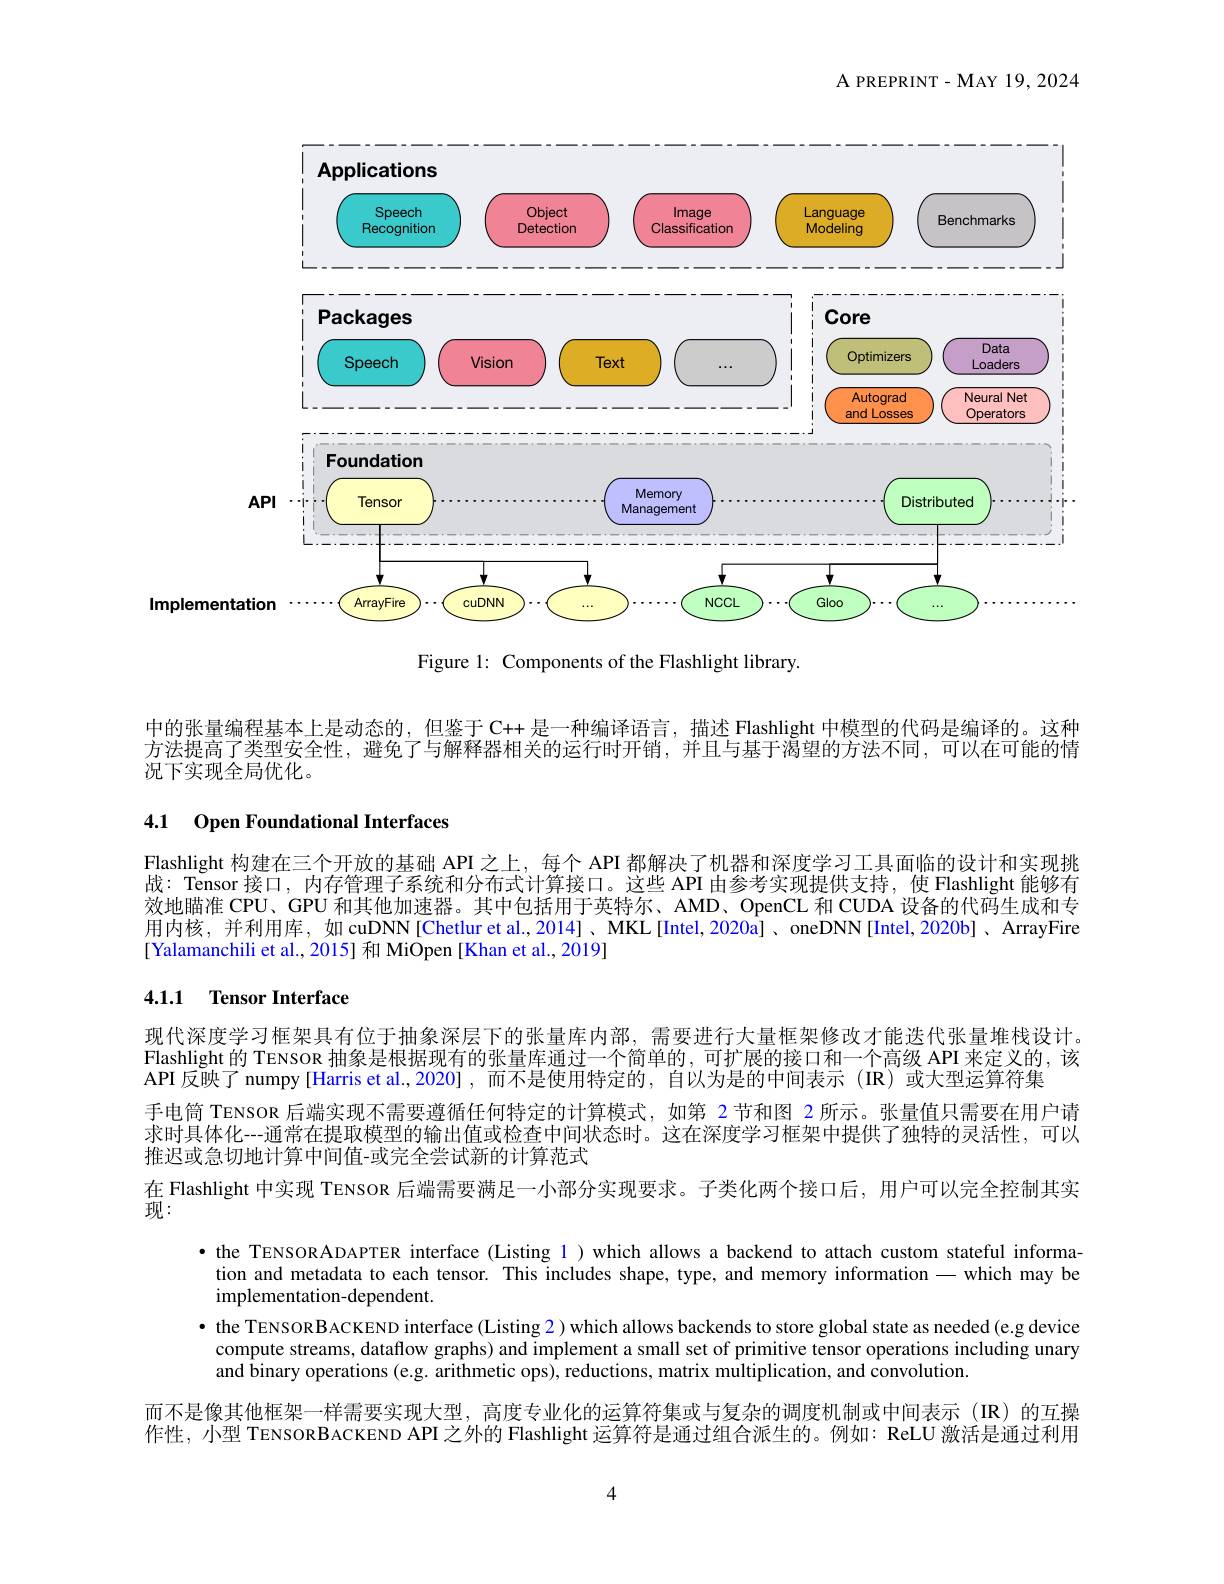
A PREPRINT- MAY 19,2024

<FigureHere>

Figure 1: Components of the Flashlight library.

中的张量编程基本上是动态的，但鉴于 C++ 是一种编译语言，描述 Flashlight 中模型的代码是编译的。这种方法提高了类型安全性，避免了与解释器相关的运行时开销，并且与基于渴望的方法不同，可以在可能的情况下实现全局优化。

# 4.1 Open Foundational Interfaces

Flashlight 构建在三个开放的基础 API 之上，每个 API 都解决了机器和深度学习工具面临的设计和实现挑战：Tensor 接口，内存管理子系统和分布式计算接口。这些 API 由参考实现提供支持，使 Flashlight 能够有效地瞄准 CPU、GPU 和其他加速器。其中包括用于英特尔、AMD、OpenCL 和 CUDA 设备的代码生成和专用内核，并利用库，如 cuDNN[Chetlur et al.,2014]、MKL[Intel,2020a]、oneDNN[Intel,2020b]、ArrayFire [Yalamanchili et al., 2015] 和 MiOpen [Khan et al., 2019]

### 4.1.1 Tensor Interface

现代深度学习框架具有位于抽象深层下的张量库内部，需要进行大量框架修改才能迭代张量堆栈设计。Flashlight 的 TENSOR 抽象是根据现有的张量库通过一个简单的，可扩展的接口和一个高级 API 来定义的，该API 反映了 numpy[Harris et al.,2020] ,而不是使用特定的，自以为是的中间表示 (IR)或大型运算符集
手电筒 TENSOR 后端实现不需要遵循任何特定的计算模式，如第 2 节和图 2 所示。张量值只需要在用户请求时具体化--通常在提取模型的输出值或检查中间状态时。这在深度学习框架中提供了独特的灵活性，可以推迟或急切地计算中间值-或完全尝试新的计算范式
在 Flashlight 中实现 TENSOR 后端需要满足一小部分实现要求。子类化两个接口后，用户可以完全控制其实

现：
·the TENSORADAPTER interface (Listing 1) which allows a backend to attach custom stateful informa-
tion and metadata to each tensor. This includes shape, type, and memory information - which may be
implementation-dependent.

· the TENSORBACKEND interface (Listing 2) which allows backends to store global state as needed (e.g device
compute streams, dataflow graphs) and implement a small set of primitive tensor operations including unary
and binary operations (e.g. arithmetic ops), reductions, matrix multiplication, and convolution.
而不是像其他框架一样需要实现大型，高度专业化的运算符集或与复杂的调度机制或中间表示(IR)的互操作性，小型 TENSORBACKEND API 之外的 Flashlight 运算符是通过组合派生的。例如：ReLU 激活是通过利用

4